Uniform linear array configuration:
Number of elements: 32
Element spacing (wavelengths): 0.5
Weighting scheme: blackman
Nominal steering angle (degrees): -15
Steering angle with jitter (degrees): -15.725
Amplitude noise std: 0.05
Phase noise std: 0.05

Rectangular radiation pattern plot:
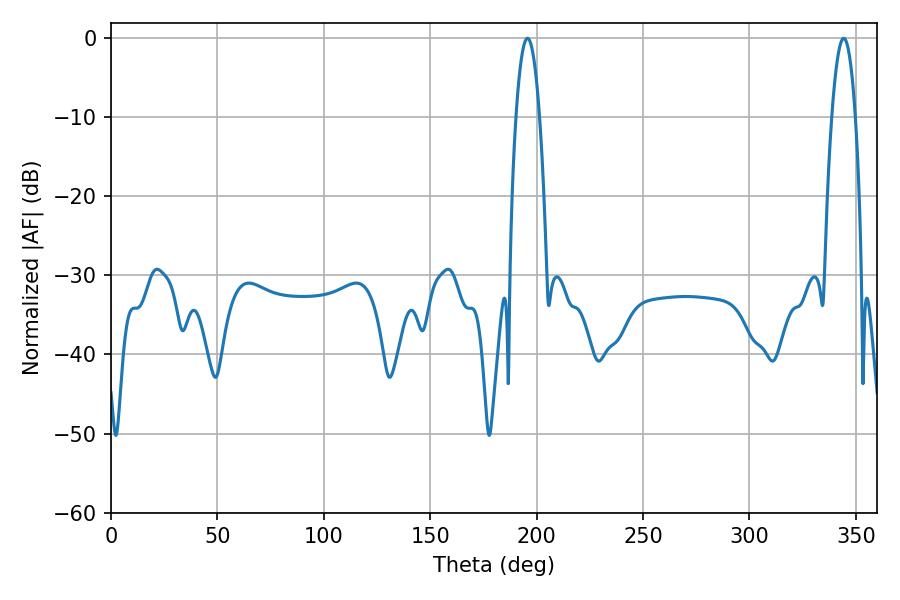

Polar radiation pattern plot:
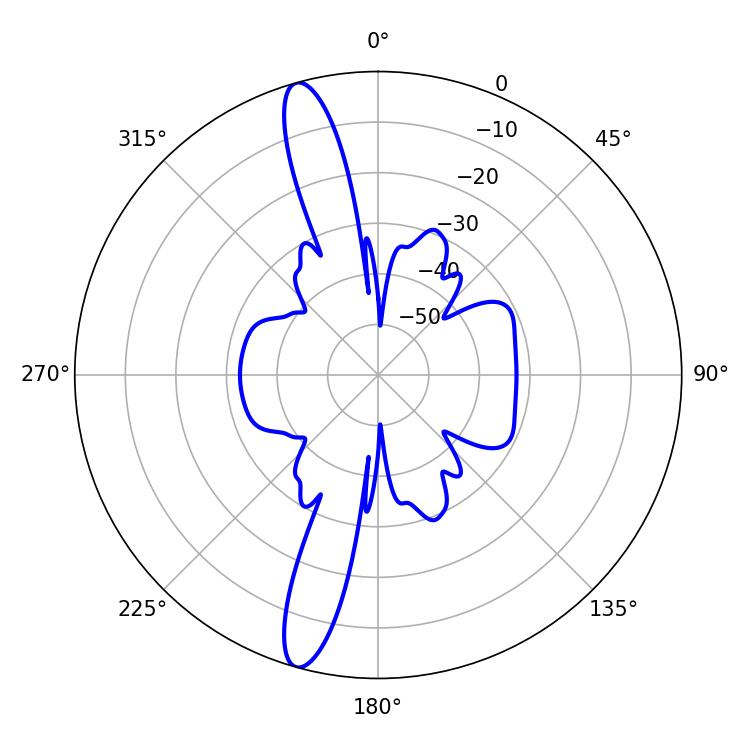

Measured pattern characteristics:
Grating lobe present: FALSE
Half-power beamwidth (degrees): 6.12
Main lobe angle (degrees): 195.66